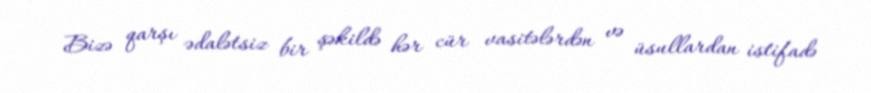
Bizə qarşı ədalətsiz bir şəkildə hər cür vasitələrdən və üsullardan istifadə